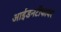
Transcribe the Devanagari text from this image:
आईडनटीफायर